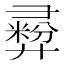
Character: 彛